Calcutta medical institutions reports 1879-81 [i.e.91]
Year: 1879
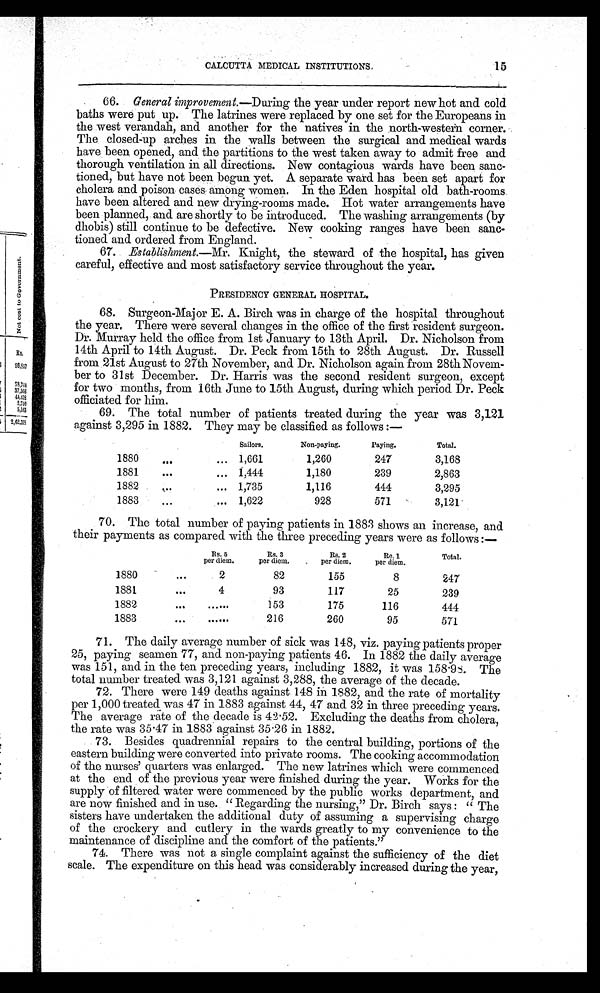
15
CALCUTTA MEDICAL INSTITUTIONS.
66. General improvement. —During the year under report new hot and cold
baths were put up. The latrines were replaced by one set for the Europeans in
the west verandah, and another for the natives in the north-western corner.
The closed-up arches in the walls between the surgical and medical wards
have been opened, and the partitions to the west taken away to admit free and
thorough ventilation in all directions. New contagious wards have been sanc-
tioned, but have not been begun yet. A separate ward has been set apart for
cholera and poison cases among women. In the Eden hospital old bath-rooms.
have been altered and new drying-rooms made. Hot water arrangements have
been planned, and are shortly to be introduced. The washing arrangements (by
dhobis) still continue to be defective. New cooking ranges have been sanc-
tioned and ordered from England.
67. Establishment.—Mr. Knight, the steward of the hospital, has given
careful, effective and most satisfactory service throughout the year.
PRESIDENCY GENERAL HOSPITAL.
68. Surgeon-Major E. A. Birch was in charge of the hospital throughout
the year. There were several changes in the office of the first resident surgeon.
Dr. Murray held the office from 1st January to 13th April. Dr. Nicholson from
14th April to 14th August. Dr. Peck from 15th to 28th August. Dr. Russell
from 21st August to 27th November, and Dr. Nicholson again from 28th Novem-
ber to 31st December. Dr. Harris was the second resident surgeon, except
for two months, from 16th June to 15th August, during which period Dr. Peck
officiated for him.
69. The total number of patients treated during the year was 3,121
against 3,295 in 1882. They may be classified as follows:—
Sailors.
Non-paying.
Paying.
Total.
1880... ...
1,661
1,260
247
3,168
1881
...
... 1,444
1,180
239
2,863
1882
...
... 1,735
1,116
444
3,295
1883
...
... 1,622
928
571
3,121
70. The total number of paying patients in 1883 shows an increase, and
their payments as compared with the three preceding years were as follows:—
Rs. 5
per diem.
Rs. 3
per diem.
Rs. 2
per diem.
Re. 1
per diem.
Total.
1880
...
2
82
155
8
247
1881
...
4
93
117
25
239
1882
...
......
153
175
116
444
1883
...
......
216
260
95
571
71. The daily average number of sick was 148, viz. paying patients proper
25, paying seamen 77, and non-paying patients 46. In 1882 the daily average
was 151, and in the ten preceding years, including 1882, it was 158.98. The
total number treated was 3,121 against 3,288, the average of the decade.
72. There were 149 deaths against 148 in 1882, and the rate of mortality
per 1,000 treated was 47 in 1883 against 44, 47 and 32 in three preceding years.
The average rate of the decade is 42.52. Excluding the deaths from cholera,
the rate was 35.47 in 1883 against 35.26 in 1882.
73. Besides quadrennial repairs to the central building, portions of the
eastern building were converted into private rooms. The cooking accommodation
of the nurses' quarters was enlarged. The new latrines which were commenced
at the end of the previous year were finished during the year. Works for the
supply of filtered water were commenced by the public works department, and
are now finished and in use. "Regarding the nursing," Dr. Birch says: "The
sisters have undertaken the additional duty of assuming a supervising charge
of the crockery and cutlery in the wards greatly to my convenience to the
maintenance of discipline and the comfort of the patients."
74. There was not a single complaint against the sufficiency of the diet
scale. The expenditure on this head was considerably increased during the year,